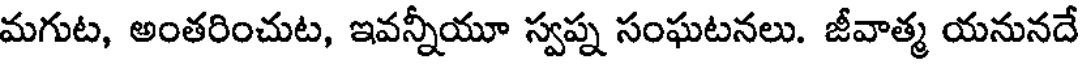
మగుట, అంతరించుట, ఇవన్నీయూ స్వప్న సంఘటనలు. జీవాత్మ యనునదే